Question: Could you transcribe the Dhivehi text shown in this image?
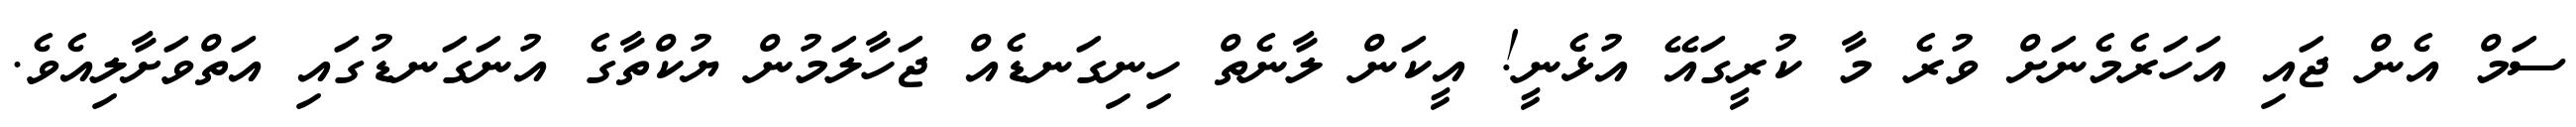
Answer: ސަމް އެން ޖައި އަހަރެމެނަށް ވުރެ މާ ކުރީގައޭ އުޅެނީ! އީކަން ލާނެތް ހިނިގަނޑެއް ޖަހާލަމުން ޔުކްތާގެ އުނަގަނޑުގައި އަތްވަށާލިއެވެ.